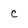
Character: c